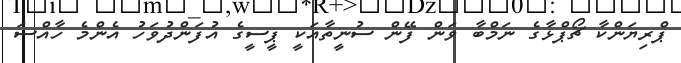
ޕްރިޔަންކާ ޗޯޕްޅާގެ ނަމްބާ ވަން ފޭން ސުނީތާއަކީ ޕީސީގެ އުފަންދުވަހު އެންމެ ހާއްސަ